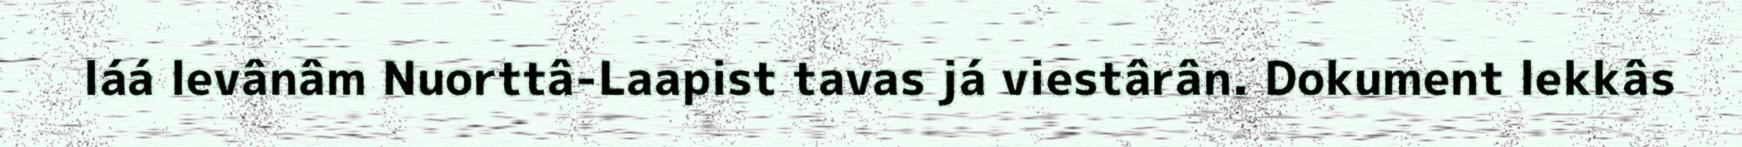
láá levânâm Nuorttâ-Laapist tavas já viestârân. Dokument lekkâs